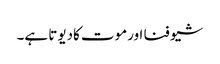
شیو فنا اورموت کادیوتا ہے۔